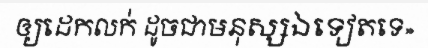
ឲ្យដេកលក់ ដូចជាមនុស្សឯទៀតទេ»